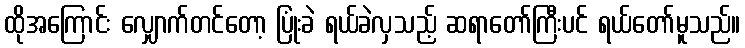
ထိုအကြောင်း လျှောက်တင်တော့ ပြုံးခဲ ရယ်ခဲလှသည့် ဆရာတော်ကြီးပင် ရယ်တော်မူသည်။